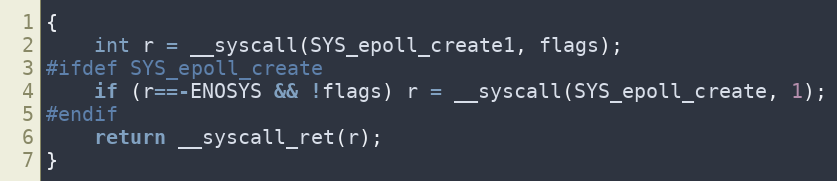
Language: C
{
	int r = __syscall(SYS_epoll_create1, flags);
#ifdef SYS_epoll_create
	if (r==-ENOSYS && !flags) r = __syscall(SYS_epoll_create, 1);
#endif
	return __syscall_ret(r);
}